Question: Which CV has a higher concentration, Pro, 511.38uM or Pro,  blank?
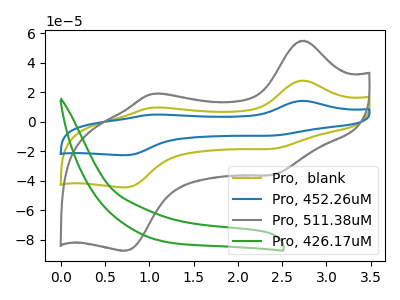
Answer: <think>The olive curve "Pro,  blank" has anodic peaks at (2.75V, 28.05uA) (1.05V, 9.65uA) and cathodic peaks at (2.40V, -18.30uA) (0.75V, -44.50uA). The blue curve "Pro, 452.26uM" has anodic peaks at (2.75V, 56.05uA) (1.05V, 19.35uA) and cathodic peaks at (2.40V, -36.60uA) (0.75V, -88.95uA). The gray curve "Pro, 511.38uM" has anodic peaks at (2.75V, 55.10uA) (1.05V, 19.00uA) and cathodic peaks at (2.40V, -36.00uA) (0.75V, -87.45uA). The green curve "Pro, 426.17uM" has no peaks.
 All the peaks in "Pro, 511.38uM" have a peak in "Pro,  blank" at the same potential. Every peak in "Pro, 511.38uM" is higher than every peak in "Pro,  blank".</think>
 <answer>"Pro, 511.38uM" has more signal than "Pro,  blank" and so likely has a higher concentration.</answer>
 <eval>more_concentration</eval>